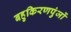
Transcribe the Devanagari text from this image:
बहुकिरणपुंजों